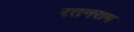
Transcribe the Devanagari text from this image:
रतनराम